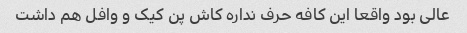
عالی بود واقعا این کافه حرف نداره کاش پن کیک و وافل هم داشت